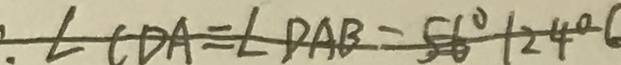
: \angle C D A = \angle D A B = 5 6 ^ { \circ } + 2 4 ^ { \circ }